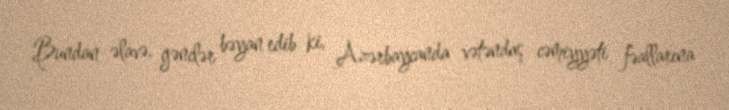
Bundan əlavə, gənclər bəyan edib ki, Azərbaycanda vətəndaş cəmiyyəti fəallarına